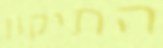
התיקון